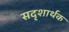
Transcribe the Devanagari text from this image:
सदृशार्थक